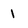
Character: i